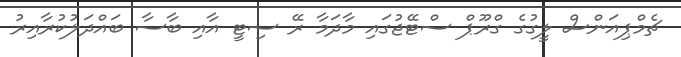
ޗެމްޕިއަންސް ލީގުގެ ގްރޫޕް ސްޓޭޖުގައި މާދަމާ ރޭ ސިޓީ އާއި ބާސާ ބައްދަލުކުރާއިރު